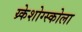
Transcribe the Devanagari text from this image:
य्र्केशोग्स्कोला